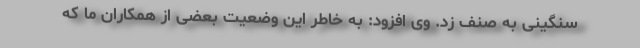
سنگینی به صنف زد. وی افزود: به خاطر این وضعیت بعضی از همکاران ما که